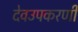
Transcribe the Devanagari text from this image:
देवउपकरणी